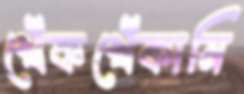
খেঁকখেঁকানি